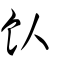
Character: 飤